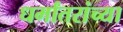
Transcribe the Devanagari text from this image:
धर्मांतरांच्या